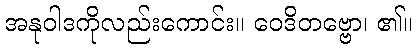
အနုဝါဒကိုလည်းကောင်း။ ဝေဒိတဗ္ဗော၊ ၏။